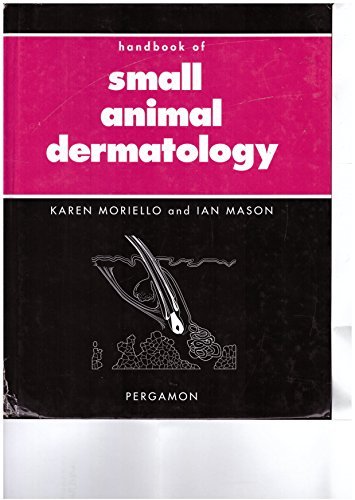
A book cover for Handbook of Small Animal Dermatology (Pergamon Veterinary Handbook Series); Karen A. Moriello; Medical Books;